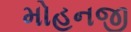
મોહનજી